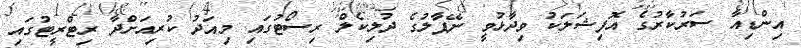
އިންޑިއާ ސަރުކާރުގެ އޮފިޝަލަކު ވިދާޅުވީ ނޭޕާލުގެ ދުލިކެލް ރިސޯޓުގައި މިއަދު ކުރިއަށްދާ ރިޓްރީޓުގައި